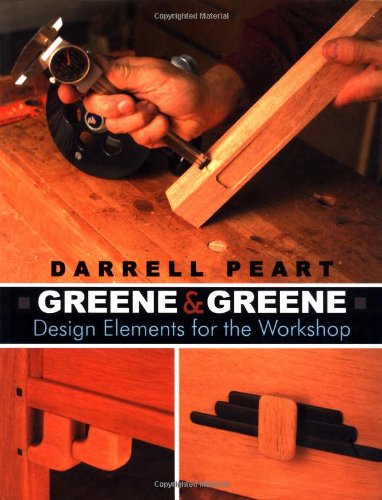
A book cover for Greene & Greene: Design Elements for the Workshop; Darrell Peart; Crafts, Hobbies & Home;